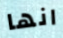
انها